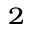
_ 2